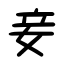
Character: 妾